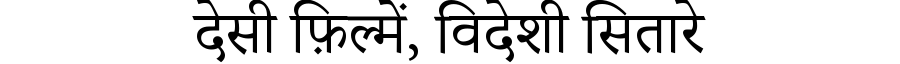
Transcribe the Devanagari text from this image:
देसी फ़िल्में, विदेशी सितारे